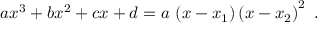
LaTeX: a x ^ { 3 } + b x ^ { 2 } + c x + d = a \, \left( x - x _ { 1 } \right) \left( x - x _ { 2 } \right) ^ { 2 } ~ .